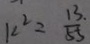
k ^ { 2 } = \frac { 1 3 . } { 5 5 }